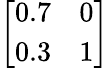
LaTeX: \left[\begin{array}{ll}{0.7}&{0}\\ {0.3}&{1}\end{array}\right]